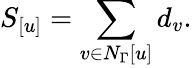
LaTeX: S_{[u]}=\sum_{v\in N_{\Gamma}[u]}d_{v}.